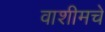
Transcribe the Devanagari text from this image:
वाशीमचे